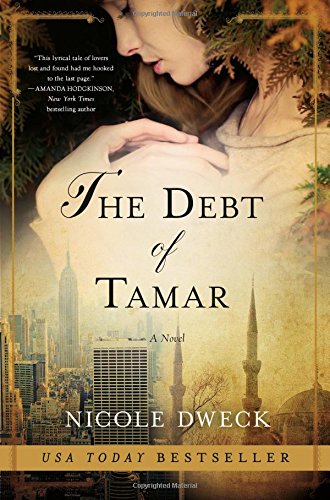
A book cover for The Debt of Tamar: A Novel; Nicole Dweck; Literature & Fiction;